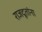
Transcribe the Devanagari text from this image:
राजदूतांना